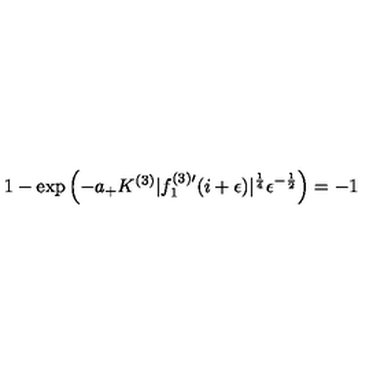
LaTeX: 1 - \exp \left( - a _ { + } K ^ { ( 3 ) } | f _ { 1 } ^ { ( 3 ) \prime } ( i + \epsilon ) | ^ { \frac { 1 } { 4 } } \epsilon ^ { - \frac { 1 } { 2 } } \right) = - 1